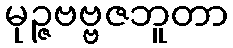
မုဉ္ဇဗဗ္ဗဇဘူတာ